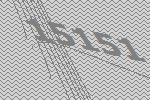
15151